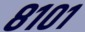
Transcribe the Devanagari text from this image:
८१०१